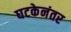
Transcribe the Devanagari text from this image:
घटकेनंतर